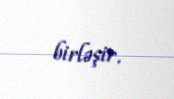
birləşir.